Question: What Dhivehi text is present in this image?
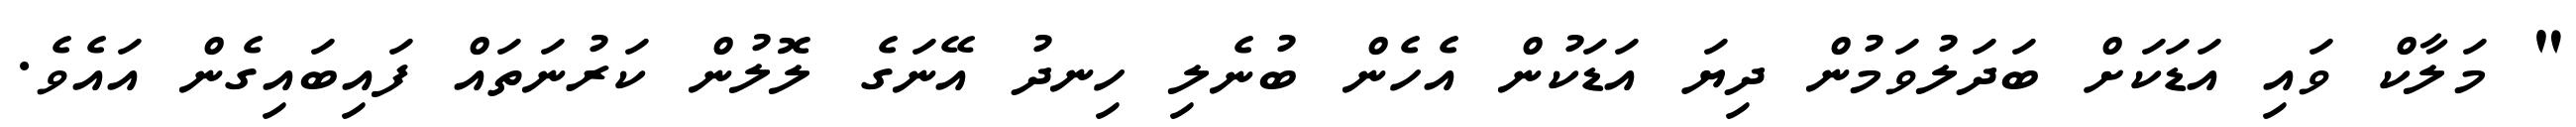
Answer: " މަލާކް ވައި އަޑަކަށް ބަދަލުވަމުން ދިޔަ އަޑަކުން އެހެން ބުނެލި ހިނދު އޭނަގެ ލޮލުން ކަރުނަތައް ފައިބައިގެން އައެވެ.